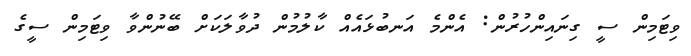
ވިޓަމިން ސީ ގިނައިންހުރުން: އެންމެ އަނބުޅައެއް ކާލުމުން ދުވާލަކަށް ބޭނުންވާ ވިޓަމިން ސީގެ